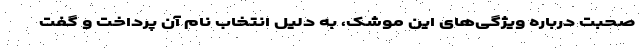
صحبت درباره ویژگی‌های این موشک، به دلیل انتخاب نام آن پرداخت و گفت